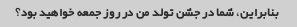
بنابراین، شما در جشن تولد من در روز جمعه خواهید بود؟